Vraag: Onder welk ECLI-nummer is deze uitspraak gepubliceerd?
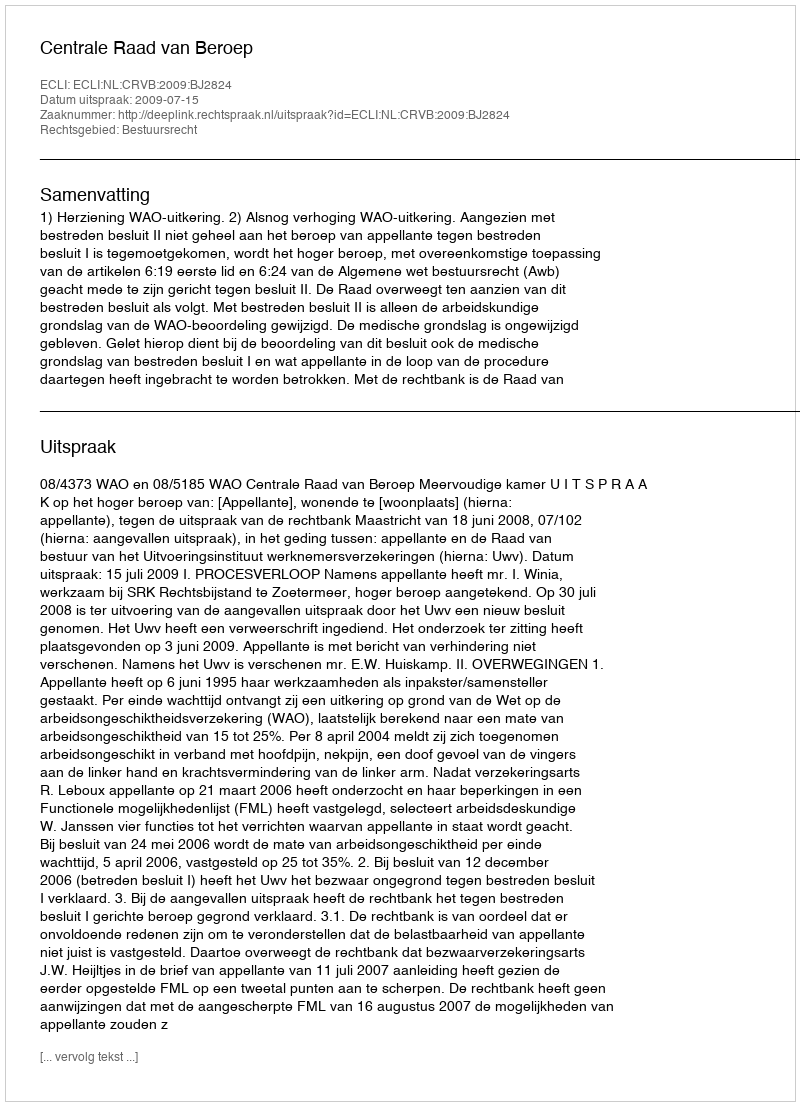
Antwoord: ECLI:NL:CRVB:2009:BJ2824